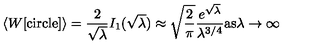
\langle W [ \mathrm { c i r c l e } ] \rangle = \frac { 2 } { \sqrt { \lambda } } I _ { 1 } ( \sqrt { \lambda } ) \approx \sqrt { \frac { 2 } { \pi } } \frac { e ^ { \sqrt { \lambda } } } { \lambda ^ { 3 / 4 } } \mathrm { a s } \lambda \to \infty